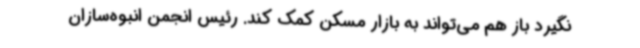
نگیرد باز هم می‌تواند به بازار مسکن کمک کند. رئیس انجمن انبوه‌سازان